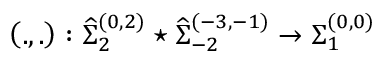
\left( . , . \right) : { \widehat \Sigma } _ { 2 } ^ { ( 0 , 2 ) } \star { \widehat \Sigma } _ { - 2 } ^ { ( - 3 , - 1 ) } \rightarrow { \Sigma } _ { 1 } ^ { ( 0 , 0 ) }